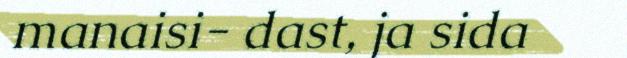
manaisi- dast, ja sida